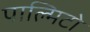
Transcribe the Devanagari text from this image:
पाल्मिटो